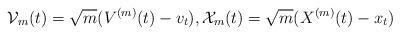
LaTeX: \begin{align*}{\mathcal V}_m(t)=\sqrt{m}(V^{(m)}(t)-v_t),{\mathcal X}_m(t)=\sqrt{m}(X^{(m)}(t)-x_t)\end{align*}